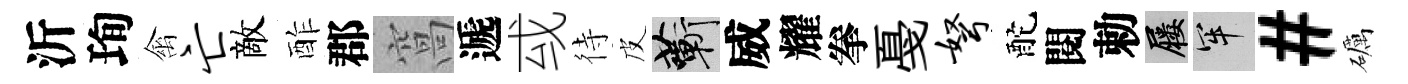
沂珣禽亡敵酢郡窩遞㦯待皮蔪威耀拳戞弩酡閱勅屨牢#礪